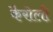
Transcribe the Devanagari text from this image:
कैरोली